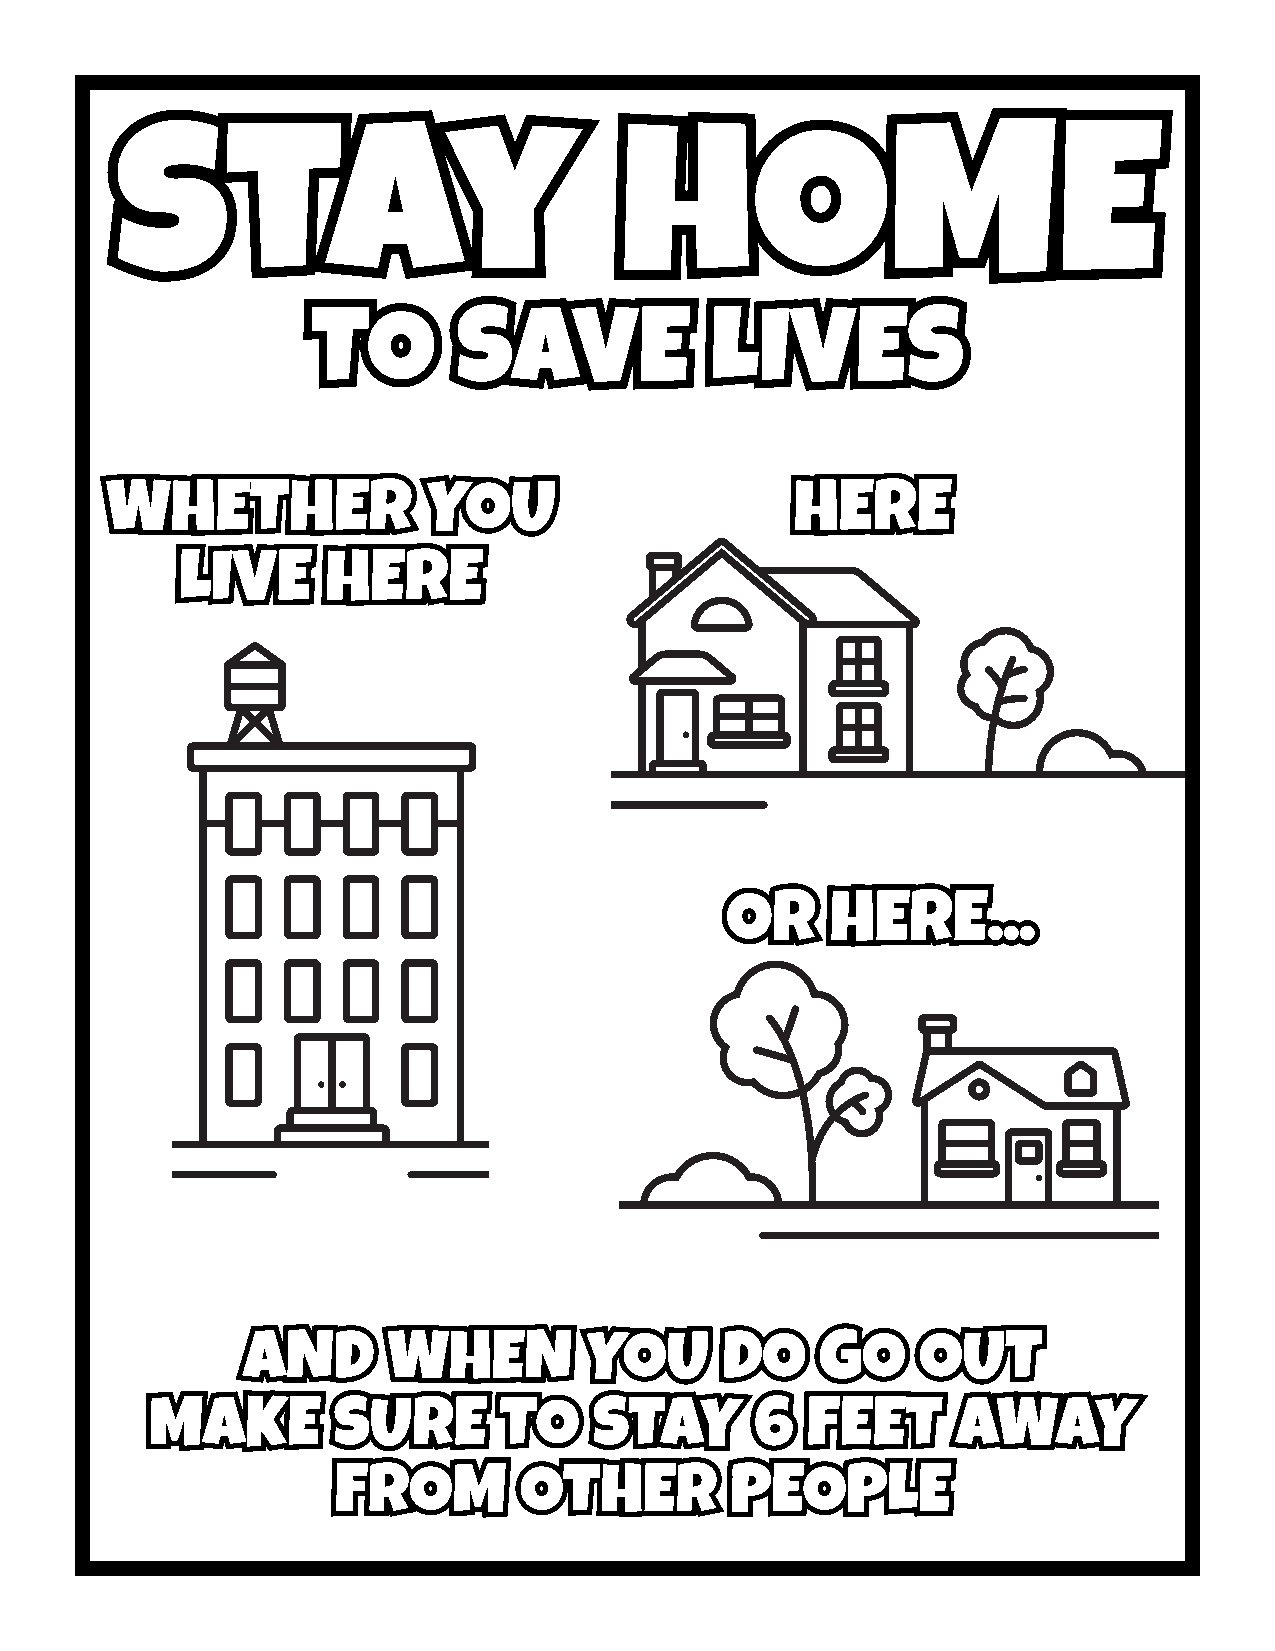
ssttaayy                         hhOOMMEE
 TTOO     SSAAVVEE         LLIIVVEESS
 WWHHEETTHHEERR       YYOOUU                   HHEERREE
 LLIIVVEE  HHEERREE
 OORR   HHEERREE......
 AANNDD    WWHHEENN     YYOOUU   DDOO  GGOO   OOUUTT
 MMAAKKEE    SSUURREE   TTOO  SSTTAAYY   66 FFEEEETT  AAWWAAYY
 FFRROOMM    OOTTHHEERR    PPEEOOPPLLEE